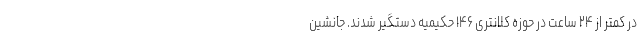
در کمتر از ۲۴ ساعت در حوزه کلانتری ۱۴۶ حکیمیه دستگیر شدند. جانشین